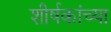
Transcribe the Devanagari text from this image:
शीर्षकांच्या